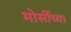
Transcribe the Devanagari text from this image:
मोर्सीच्या